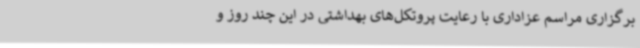
برگزاری مراسم عزاداری با رعایت پروتکل‌های بهداشتی در این چند روز و